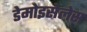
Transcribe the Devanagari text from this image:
डेमोइसेलेस